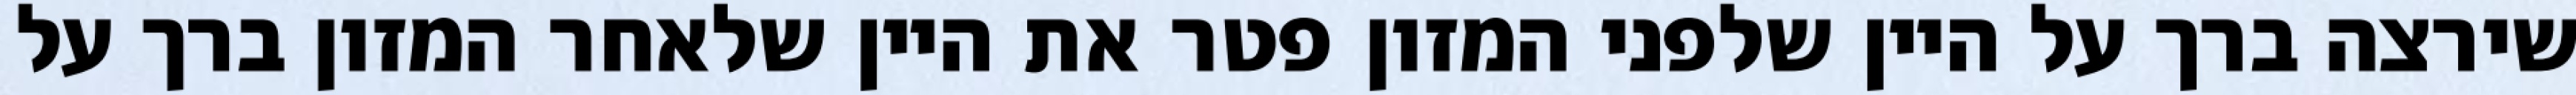
שירצה ברך על היין שלפני המזון פטר את היין שלאחר המזון ברך על